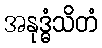
အနုဒ္ဓံသိတံ